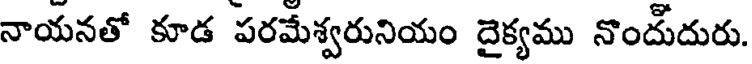
నాయనతో కూడ పరమేశ్వరునియం దైక్యము నొందుదురు.